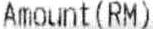
AMOUNT(RM)